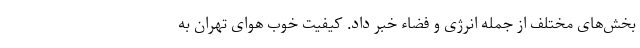
بخش‌های مختلف از جمله انرژی و فضاء خبر داد. کیفیت خوب هوای تهران به